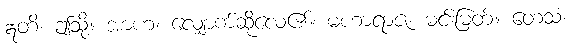
ဣတိ၊ ဤသို့။ အာဟ၊ လျှောက်ဆိုလေ၏။ မဟာရာဇ၊ မင်းမြတ်။ တေသံ၊